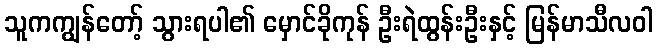
သူကကျွန်တော့် သွားရပါ၏ မှောင်ခိုကုန် ဦးရဲထွန်းဦးနှင့် မြန်မာသီလဝါ